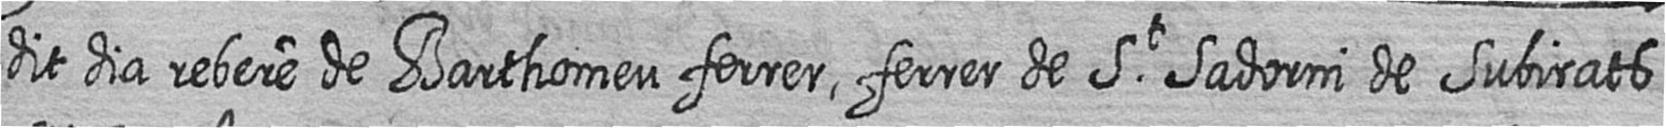
dit dia rebere de Barthomeu ferrer ferrer de St Sadorni de Subirats